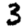
Digit: 3